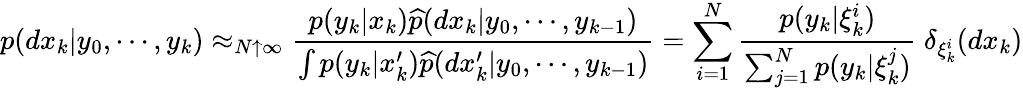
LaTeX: p(dx_{k}|y_{0},\cdots,y_{k})\approx_{N\uparrow\infty}{\frac{p(y_{k}|x_{k}){\widehat{p}}(dx_{k}|y_{0},\cdots,y_{k-1})}{\int p(y_{k}|x_{k}^{\prime}){\widehat{p}}(dx_{k}^{\prime}|y_{0},\cdots,y_{k-1})}}=\sum_{i=1}^{N}{\frac{p(y_{k}|\xi_{k}^{i})}{\sum_{j=1}^{N}p(y_{k}|\xi_{k}^{j})}}~\delta_{\xi_{k}^{i}}(dx_{k})